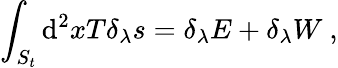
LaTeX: \int_{S_{t}}\mathrm{d}^{2}xT\delta_{\lambda}s=\delta_{\lambda}E+\delta_{\lambda}W~,